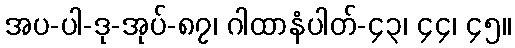
အပ-ပါ-ဒု-အုပ်-၈၇၊ ဂါထာနံပါတ်-၄၃၊ ၄၄၊ ၄၅။